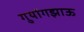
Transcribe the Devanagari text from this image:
गुयांगझाऊ